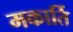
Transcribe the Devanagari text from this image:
मकार्ति